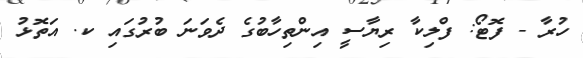
ހުރާ - ފޮޓޯ: ފްލިކާ ރިޔާސީ އިންތިހާބުގެ ދެވަނަ ބުރުގައި ކ. އަތޮޅު